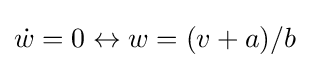
{\dot {w}}=0\leftrightarrow w=(v+a)/b